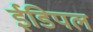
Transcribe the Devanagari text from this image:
ईडिपल